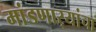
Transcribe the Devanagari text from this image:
मांडणार्‍यांचा